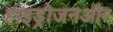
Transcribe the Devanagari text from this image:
हाइड्रोजनऔर